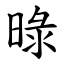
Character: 㫽